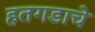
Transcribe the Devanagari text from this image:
हतगडाचे